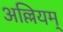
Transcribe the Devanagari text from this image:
अल्लियम्